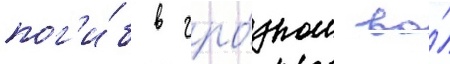
пог'и́б в гро́зном во́